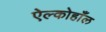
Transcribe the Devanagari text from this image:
ऐल्कोहाँल